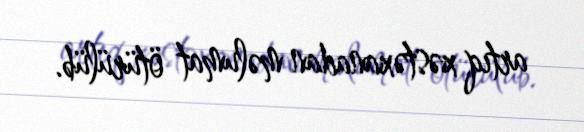
artıq xəstəxanadan məlumat ötürülüb.